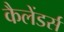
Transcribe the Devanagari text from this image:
कैलेंडर्स